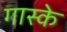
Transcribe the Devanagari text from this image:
गास्के